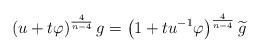
LaTeX: \begin{align*}\left( u+t\varphi \right) ^{\frac{4}{n-4}}g=\left( 1+tu^{-1}\varphi \right)^{\frac{4}{n-4}}\widetilde{g} \end{align*}